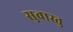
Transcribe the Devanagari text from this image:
सुवास्तु